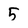
Character: 5